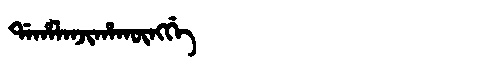
Manchu: ᡩᠠᡥᠠᠯᠠᠨᠵᡳᡥᠠᡴᡡᠩᡤᡝ
Romanization: DAHALANJIHAKŪNGGE